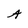
Character: A